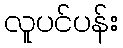
လူပင်ပန်း